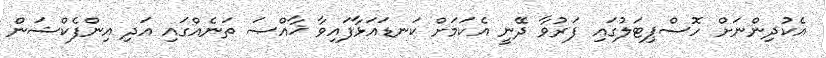
އެކުދިންނަށް ހޮސްޕިޓަލުގައި ފަރުވާ ދޭނީ އެކަމަށް ކަނޑައަޅާފައިވާ ޚާއްޞަ ތަނެއްގައި އަދި އިންފެކްޝަން